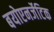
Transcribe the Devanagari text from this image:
बयोएनर्जेटिक